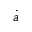
\dot { a }